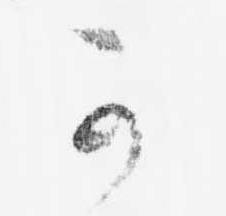
可